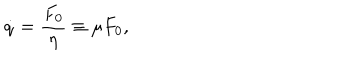
\dot { q } = \frac { F _ { 0 } } { \eta } \equiv \mu { F _ { 0 } } ,